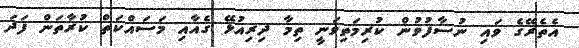
އެތެރޭގެ ވައި ނުސާފުވުން ކުރިމަތިވަނީ ތިމާ ދިރިއުޅޭ ގެއާއި މަސައްކަތް ކުރާތަން ފަދަ